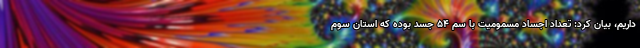
داریم، بیان کرد: تعداد اجساد مسمومیت با سم ۵۴ جسد بوده که استان سوم